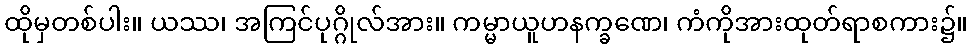
ထိုမှတစ်ပါး။ ယဿ၊ အကြင်ပုဂ္ဂိုလ်အား။ ကမ္မာယူဟနက္ခဏေ၊ ကံကိုအားထုတ်ရာစကား၌။